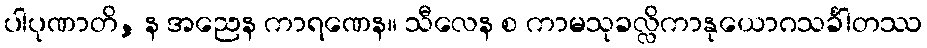
ပါပုဏာတိ, န အညေန ကာရဏေန။ သီလေန စ ကာမသုခလ္လိကာနုယောဂသင်္ခါတဿ